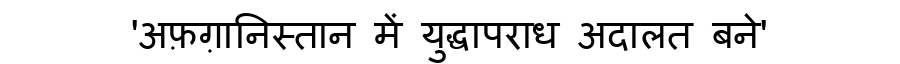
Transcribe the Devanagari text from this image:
'अफ़ग़ानिस्तान में युद्धापराध अदालत बने'